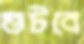
গুটবে